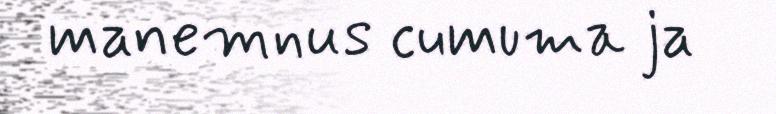
manemnus cumuma ja